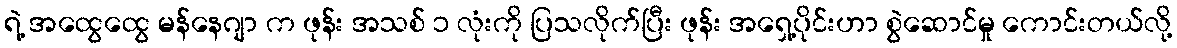
ရဲ့ အထွေထွေ မန်နေဂျာ က ဖုန်း အသစ် ၁ လုံးကို ပြသလိုက်ပြီး ဖုန်း အရှေ့ပိုင်းဟာ စွဲဆောင်မှု ကောင်းတယ်လို့